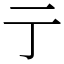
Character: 亍